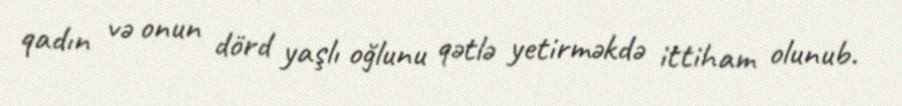
qadın və onun dörd yaşlı oğlunu qətlə yetirməkdə ittiham olunub.